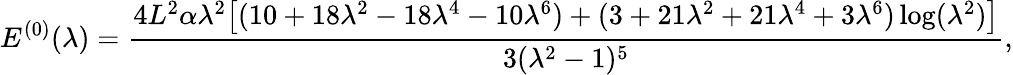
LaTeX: E^{(0)}(\lambda)=\frac{4L^{2}\alpha\lambda^{2}\bigl[(10+18\lambda^{2}-18\lambda^{4}-10\lambda^{6})+(3+21\lambda^{2}+21\lambda^{4}+3\lambda^{6})\log(\lambda^{2})\bigr]}{3(\lambda^{2}-1)^{5}},